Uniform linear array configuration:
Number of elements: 24
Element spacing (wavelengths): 1
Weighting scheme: binomial
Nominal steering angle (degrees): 60
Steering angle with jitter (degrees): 60.852
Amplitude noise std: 0.05
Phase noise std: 0.05

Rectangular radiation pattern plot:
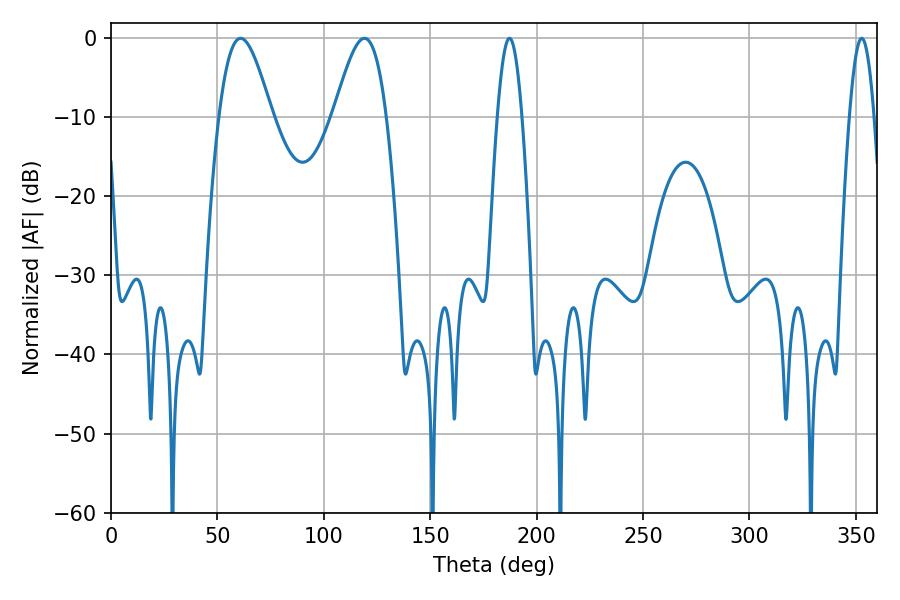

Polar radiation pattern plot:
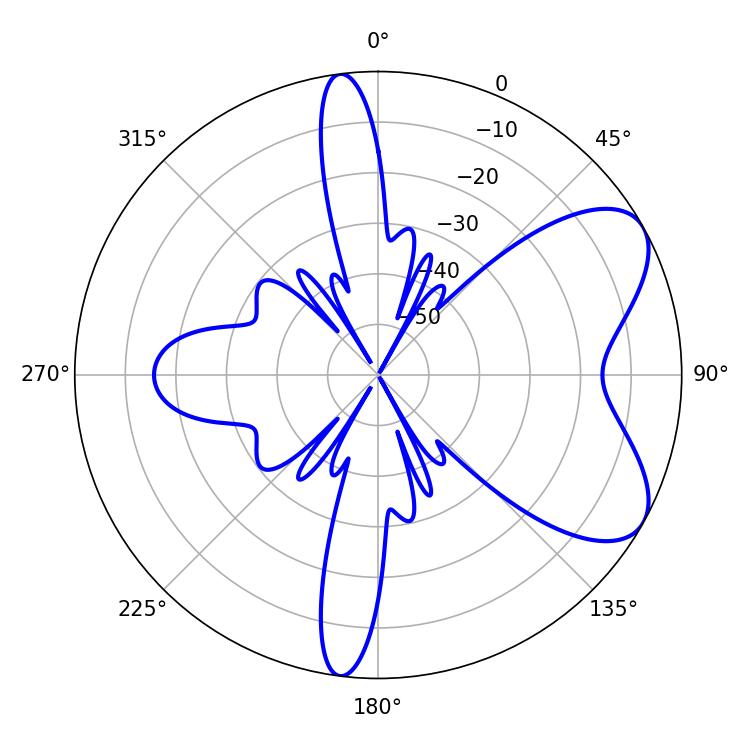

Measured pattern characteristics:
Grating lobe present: TRUE
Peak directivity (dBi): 6.75
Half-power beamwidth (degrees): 13.14
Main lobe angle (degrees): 60.84